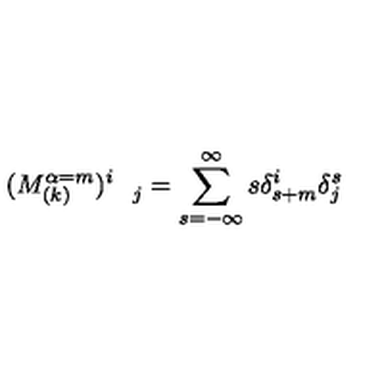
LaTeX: ( M _ { ( k ) } ^ { \alpha = m } ) _ { \quad j } ^ { i } = \sum _ { s = - \infty } ^ { \infty } s \delta _ { s + m } ^ { i } \delta _ { j } ^ { s }